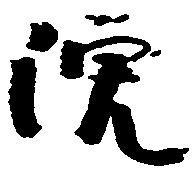
院